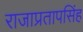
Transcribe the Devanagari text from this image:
राजाप्रतापसिंह